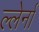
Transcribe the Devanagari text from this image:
ल्लेर्ना